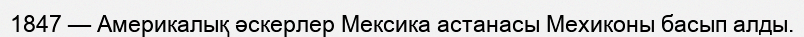
1847 — Америкалық әскерлер Мексика астанасы Мехиконы басып алды.